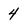
Character: 4